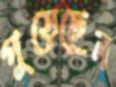
পুড়েছেন